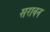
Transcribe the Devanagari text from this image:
सरावन